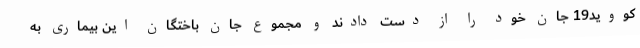
کووید19 جان خود را از دست دادند و مجموع جان باختگان این بیماری به